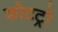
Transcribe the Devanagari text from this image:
कोटट्रो